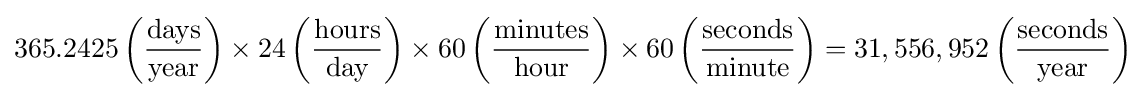
365.2425\left({\frac {\text{days}}{\text{year}}}\right)\times 24\left({\frac {\text{hours}}{\text{day}}}\right)\times 60\left({\frac {\text{minutes}}{\text{hour}}}\right)\times 60\left({\frac {\text{seconds}}{\text{minute}}}\right)=31,556,952\left({\frac {\text{seconds}}{\text{year}}}\right)